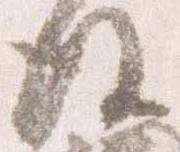
後